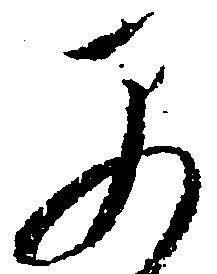
早